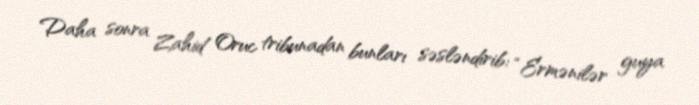
Daha sonra Zahid Oruc tribunadan bunları səsləndirib: “Ermənilər guya